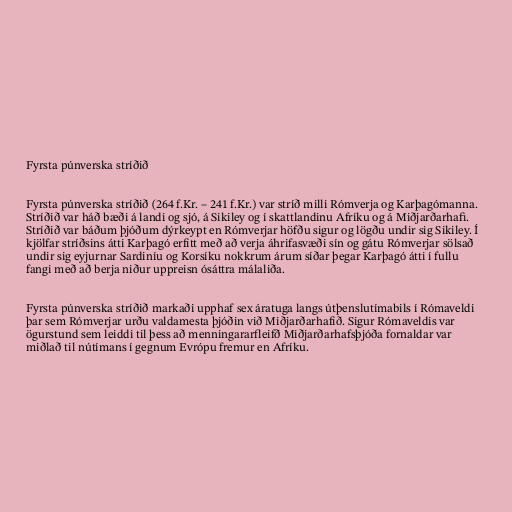
Fyrsta púnverska stríðið

Fyrsta púnverska stríðið (264 f.Kr. – 241 f.Kr.) var stríð milli Rómverja og Karþagómanna.
Stríðið var háð bæði á landi og sjó, á Sikiley og í skattlandinu Afríku og á Miðjarðarhafi.
Stríðið var báðum þjóðum dýrkeypt en Rómverjar höfðu sigur og lögðu undir sig Sikiley. Í
kjölfar stríðsins átti Karþagó erfitt með að verja áhrifasvæði sín og gátu Rómverjar sölsað
undir sig eyjurnar Sardiníu og Korsíku nokkrum árum síðar þegar Karþagó átti í fullu
fangi með að berja niður uppreisn ósáttra málaliða.

Fyrsta púnverska stríðið markaði upphaf sex áratuga langs útþenslutímabils í Rómaveldi
þar sem Rómverjar urðu valdamesta þjóðin við Miðjarðarhafið. Sigur Rómaveldis var
ögurstund sem leiddi til þess að menningararfleifð Miðjarðarhafsþjóða fornaldar var
miðlað til nútímans í gegnum Evrópu fremur en Afríku.